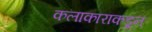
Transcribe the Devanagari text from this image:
कलाकाराकडून